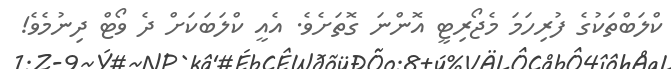
ކްލަބްތަކުގެ ފުރިހަމަ މެޖޯރިޓީ އޮންނަ ގޮތަށެވެ. އެއީ ކްލަބަކަށް ދެ ވޯޓް ދިނުމެވެ!